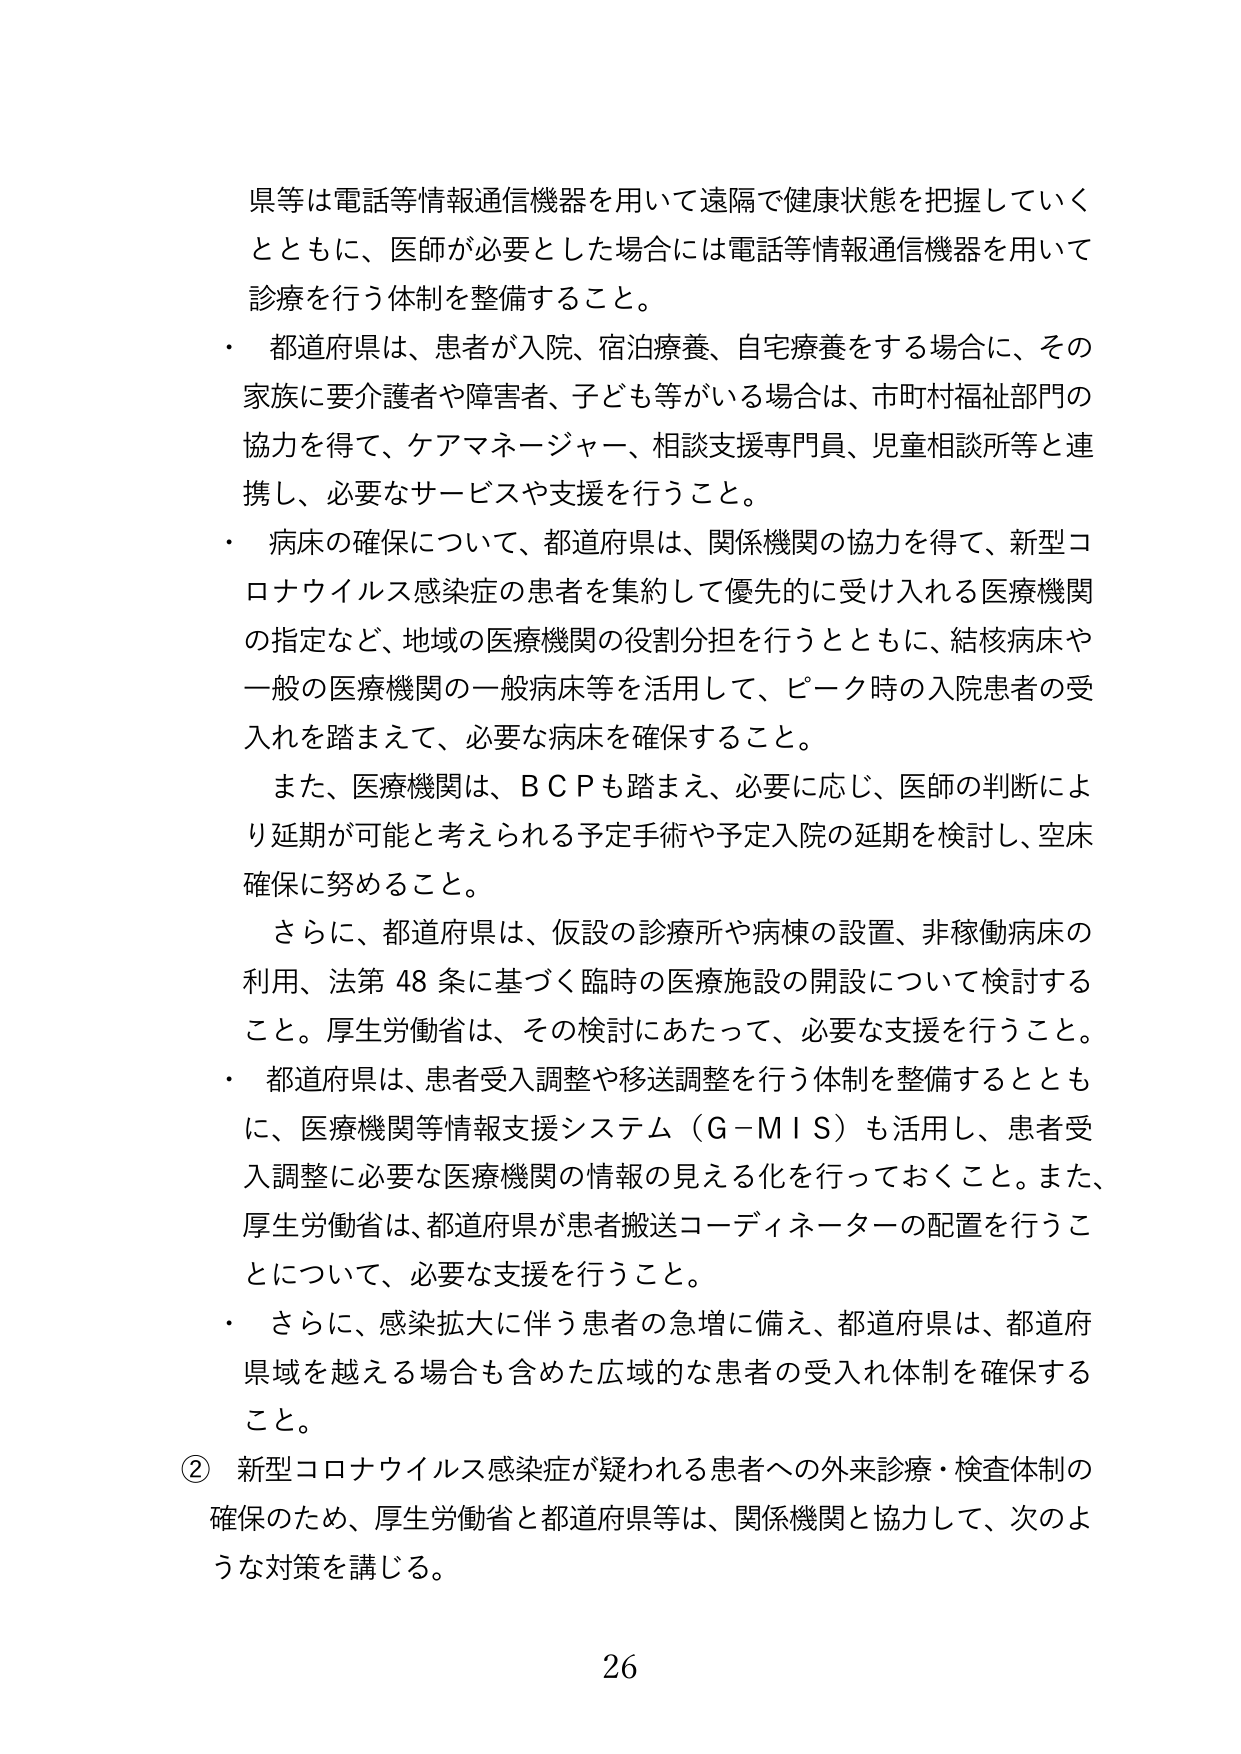
県等は電話等情報通信機器を用いて遠隔で健康状態を把握していくとともに、医師が必要とした場合には電話等情報通信機器を用いて診療を行う体制を整備すること。

・ 都道府県は、患者が入院、宿泊療養、自宅療養をする場合に、その家族に要介護者や障害者、子ども等がいる場合は、市町村福祉部門の協力を得て、ケアマネージャー、相談支援専門員、児童相談所等と連携し、必要なサービスや支援を行うこと。

・ 病床の確保について、都道府県は、関係機関の協力を得て、新型コロナウイルス感染症の患者を集約して優先的に受け入れる医療機関の指定など、地域の医療機関の役割分担を行うとともに、結核病床や一般の医療機関の一般病床等を活用して、ピーク時の入院患者の受入れを踏まえて、必要な病床を確保すること。

　また、医療機関は、ＢＣＰも踏まえ、必要に応じ、医師の判断により延期が可能と考えられる予定手術や予定入院の延期を検討し、空床確保に努めること。

　さらに、都道府県は、仮設の診療所や病棟の設置、非稼働病床の利用、法第48条に基づく臨時の医療施設の開設について検討すること。厚生労働省は、その検討にあたって、必要な支援を行うこと。

・ 都道府県は、患者受入調整や移送調整を行う体制を整備するとともに、医療機関等情報支援システム（Ｇ－ＭＩＳ）も活用し、患者受入調整に必要な医療機関の情報の見える化を行っておくこと。また、厚生労働省は、都道府県が患者搬送コーディネーターの配置を行うことについて、必要な支援を行うこと。

・ さらに、感染拡大に伴う患者の急増に備え、都道府県は、都道府県域を越える場合も含めた広域的な患者の受入れ体制を確保すること。

② 新型コロナウイルス感染症が疑われる患者への外来診療・検査体制の確保のため、厚生労働省と都道府県等は、関係機関と協力して、次のような対策を講じる。

26